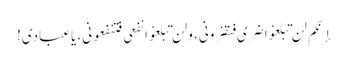
إنکم لن تبلغوا ضری فتضرونی، ولن تبلغوا نفعی فتنفعونی، یاعبادی!